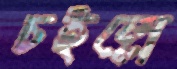
চইল্লে